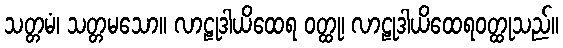
သတ္တမံ၊ သတ္တမသော။ လာဠုဒါယိထေရ ဝတ္ထု၊ လာဠုဒါယိထေရဝတ္ထုသည်။